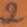
Text: 2